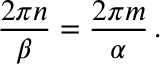
\frac { 2 \pi n } { \beta } = \frac { 2 \pi m } { \alpha } \, .